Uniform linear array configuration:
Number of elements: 16
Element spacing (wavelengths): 1
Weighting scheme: hamming
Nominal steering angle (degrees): -30
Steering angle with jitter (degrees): -31.83
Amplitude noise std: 0.05
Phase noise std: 0.05

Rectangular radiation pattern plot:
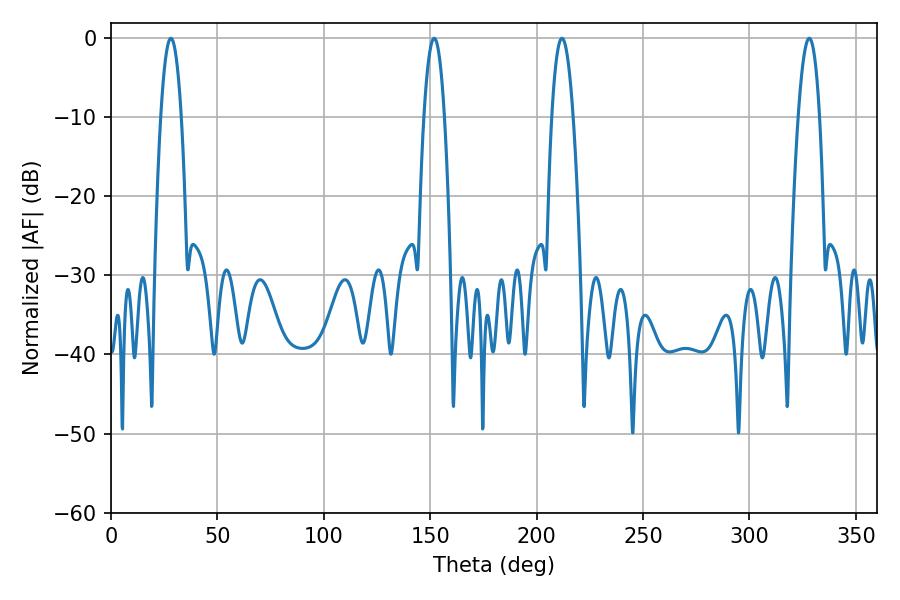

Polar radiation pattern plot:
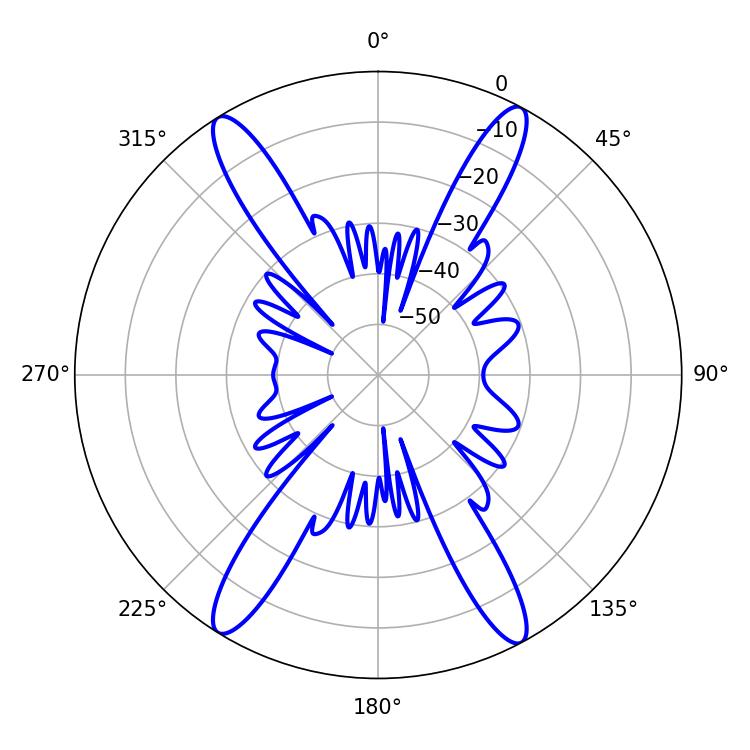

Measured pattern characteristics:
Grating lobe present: TRUE
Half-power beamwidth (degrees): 5.58
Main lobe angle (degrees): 211.86